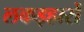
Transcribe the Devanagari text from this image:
लकड़हारों